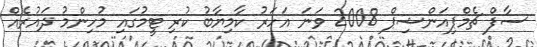
ސާފް ޗެމްޕިއަންޝިޕް 2008 ވަނަ އަހަރު ކާމިޔާބު ކުރި ޓީމުގައި މުހިންމު ދައުރެއް